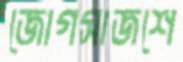
জোগসাজশে